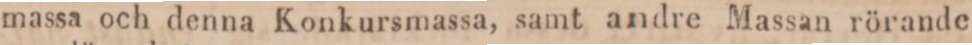
massa och denna Konkursmassa, samt andre Massan rörande